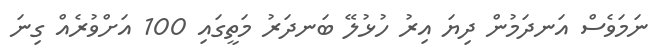
ނަމަވެސް އަނދަމުން ދިޔަ އިރު ހުޅުލޭ ބަނދަރު މަތީގައި 100 އަށްވުރެއް ގިނަ